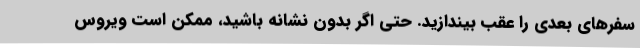
سفرهای بعدی را عقب بیندازید. حتی اگر بدون نشانه باشید، ممکن است ویروس